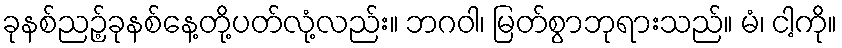
ခုနစ်ညဉ့်ခုနစ်နေ့တို့ပတ်လုံ့လည်း။ ဘဂဝါ၊ မြတ်စွာဘုရားသည်။ မံ၊ ငါ့ကို။